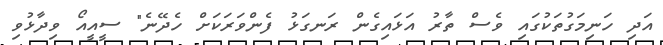
އަދި ހަނިމަގުތަކުގައި ވެސް ތާރު އަޅައިގެން ރަނގަޅު ފެންވަރަކަށް ހެދޭނެ" ސީއީއޯ ވިދާޅުވި